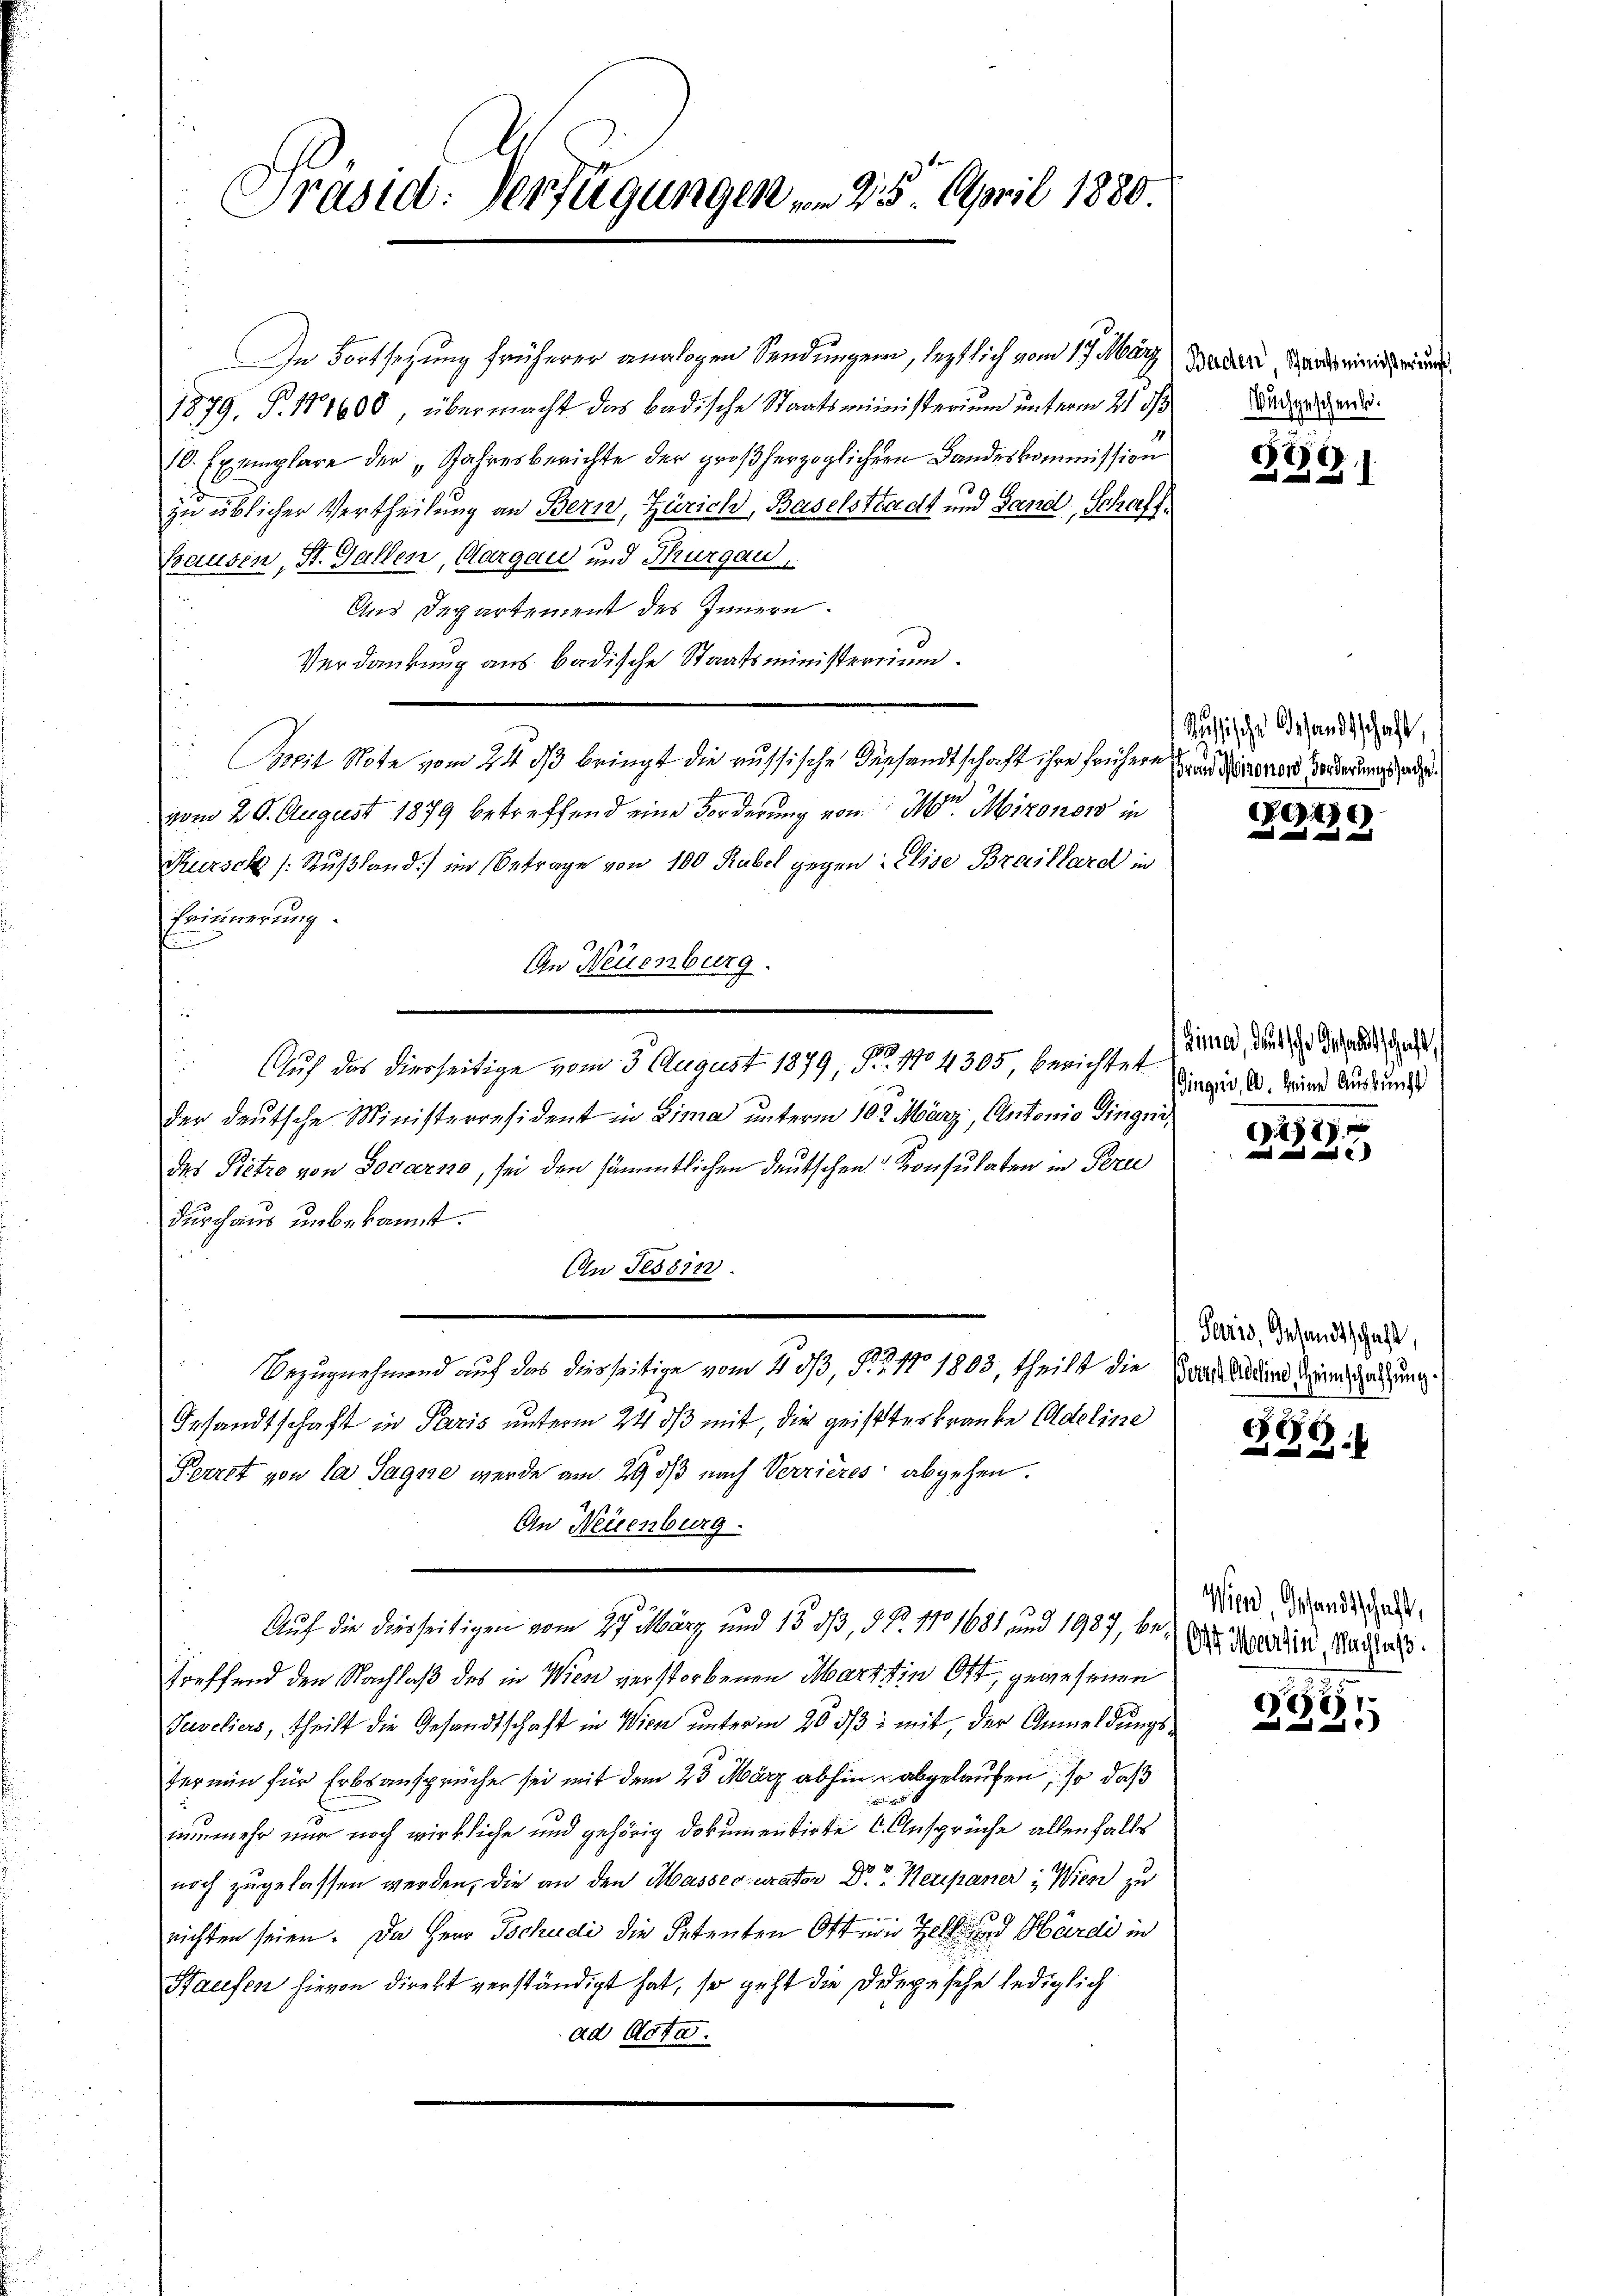
Präsid. Verfügungen vom 25. April 1880.

In Fortsetzung früherer analogen Sendungen, leztlich vom 17. März
1879, P. 181608, übermacht das badische Staatsministerium unterm 21. ds
10. Exemplare der „Jahresberichte der großherzoglichern Landeskommission
in üblicher Vertheilung an Bern, Zürich, Baselstadt und Sand, Schaff¬
Hausen, St. Gallen, Aargau und Thurgau,
Aus Departement des Innern.
Verdankung aus badische Staatsministerium
Bseit Note vom 24. ds bringt die russische Verhandtschaft ihre früher an diener Forderungsrad.
14
vom 26. August 1879 betreffend eine Forderung von M. Mironon in
Kursch (Sußland im Betrage von 100 Rubel gegen Elise Braillard in
Erinnerung.
n
An Neuenburg.
Auch das dierseitige vom 3. August 1879, N. 1104305, berichtet werde, die die der und Gut
der deutsche Ministerresident in Lima unterm 10t März, Antonio dingni
des Pietro von Locarno, sei den sämmtlichen deutschen Konsulaten in Fern
durchaus unbekannt.
An Tessin.
d
Bezugnehmend auf das diesseitige vom 4. dß, N. Z. 11 1803, theilt die Grandatend densatzung.
Gesandtschaft in Paris unterm 24. ds mit, die geisteskranke Adeline
Perret von la Sage werde am 29 dß nach Verzieres abgehen.
An Neuenburg.
Auf die diesseitigen vom 27. März und 15. dß, § §. 1101681, und 1937, dr Dr. Spendin, dass
treffend den Nachlaß des in Wien verstorbenen Martin Ott, gewesenen
Taveliers, theilt die Gesandtschaft in Wien unterm 20. ds. mit, der Anmeldungster nun für Erbsansprüche sei mit dem 23 März abhin abgelaufen, so daß
1
nunmehr nur noch wirkliche und gehörig Dokumentirte 6. Ansprüche allenfalls
noch zugelassen werden, die an den Massecurator Dr. Neupaner: Wien zu
richten seien. Da Herr Tschudi die Petenten Ott, wie Zell und Hardi in
Haufen hievon direkt verständigt hat, so geht die Depesche lediglich
ad Acta.

Baden, Staatsministeringe
uchgeschenk.

67
391

usische Gesandtschaft,

G176)
 ed in und

Gingnis, CO. keine Auskunft

2).
  und

Paris, Gesandtschaft,

886.

Wind, Gesandtschaft,

2